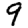
Digit: 9